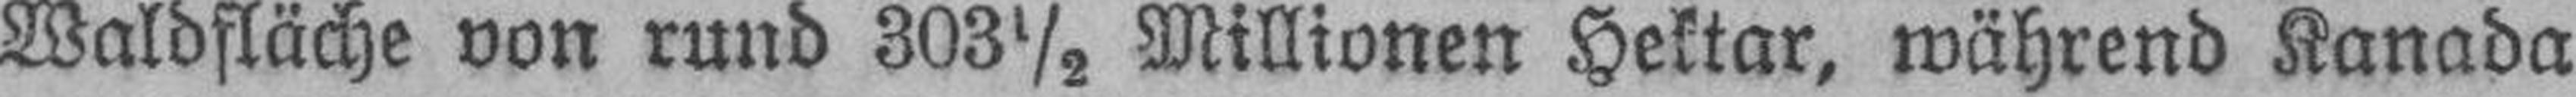
Waldfläche von rund 303½ Millionen Hektar, während Kanada